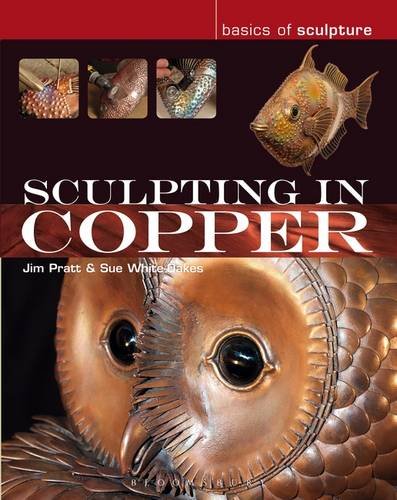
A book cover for Sculpting in Copper (Basics of Sculpture); Susan White-Oakes; Arts & Photography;